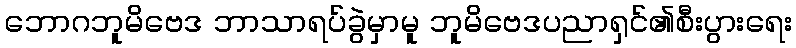
ဘောဂဘူမိဗေဒ ဘာသာရပ်ခွဲမှာမူ ဘူမိဗေဒပညာရှင်၏စီးပွားရေး